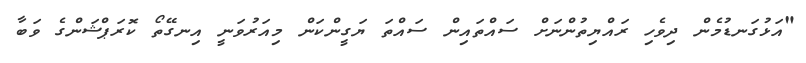
"އަޅުގަނޑުމެން ދިވެހި ރައްޔިތުންނަށް ސައްތައިން ސައްތަ ޔަގީންކަން މިއަރުވަނީ އިނގޭތޯ ކޮރަޕްޝަންގެ ވަބާ